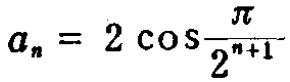
\(a_{n}=2\cos\frac{\pi}{2^{n + 1}}\)